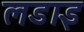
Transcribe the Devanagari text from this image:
लडाइ